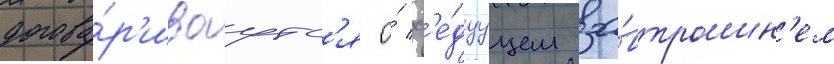
догова́р'иваутс'я о́ сл'е́дуущем за́втрашн'ем